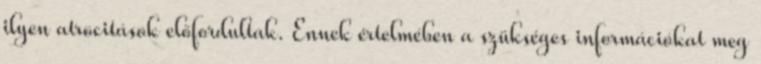
ilyen atrocitások előfordultak. Ennek értelmében a szükséges információkat meg